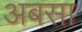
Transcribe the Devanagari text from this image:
अबसा